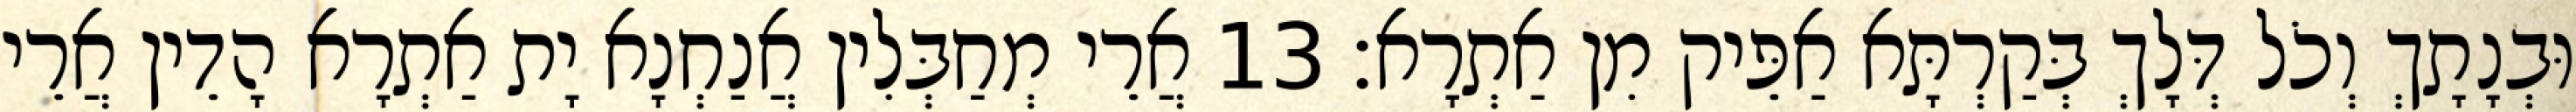
וּבְנָתָךְ וְכֹל דְּלָךְ בְּקַרְתָּא אַפֵּיק מִן אַתְרָא׃ 13 אֲרֵי מְחַבְּלִין אֲנַחְנָא יָת אַתְרָא הָדֵין אֲרֵי